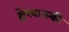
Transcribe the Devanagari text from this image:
श्चेरवात्स्की